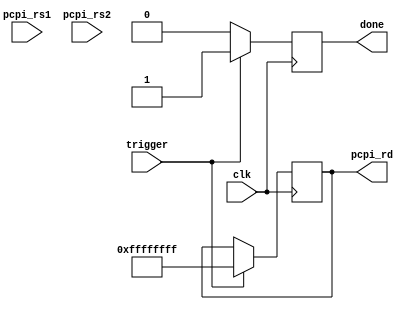
module cp_F_const(
    input clk,
    input[31:0] pcpi_rs1,
    input[31:0] pcpi_rs2,
    output reg[31:0] pcpi_rd,
    input trigger,
    output reg done = 0
);

always @(posedge clk) begin
    if (trigger) begin
        pcpi_rd <= 32'hFFFFFFFF;
        done <= 1;
    end else begin
        done <= 0;
    end
end


endmodule